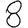
Digit: 8